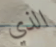
الذي